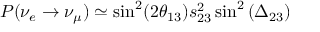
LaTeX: P ( \nu _ { e } \to \nu _ { \mu } ) \simeq \sin ^ { 2 } ( 2 \theta _ { 1 3 } ) s _ { 2 3 } ^ { 2 } \sin ^ { 2 } \left( \Delta _ { 2 3 } \right)